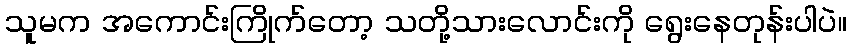
သူမက အကောင်းကြိုက်တော့ သတို့သားလောင်းကို ရွေးနေတုန်းပါပဲ။